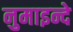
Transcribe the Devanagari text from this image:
नुमाइन्दे